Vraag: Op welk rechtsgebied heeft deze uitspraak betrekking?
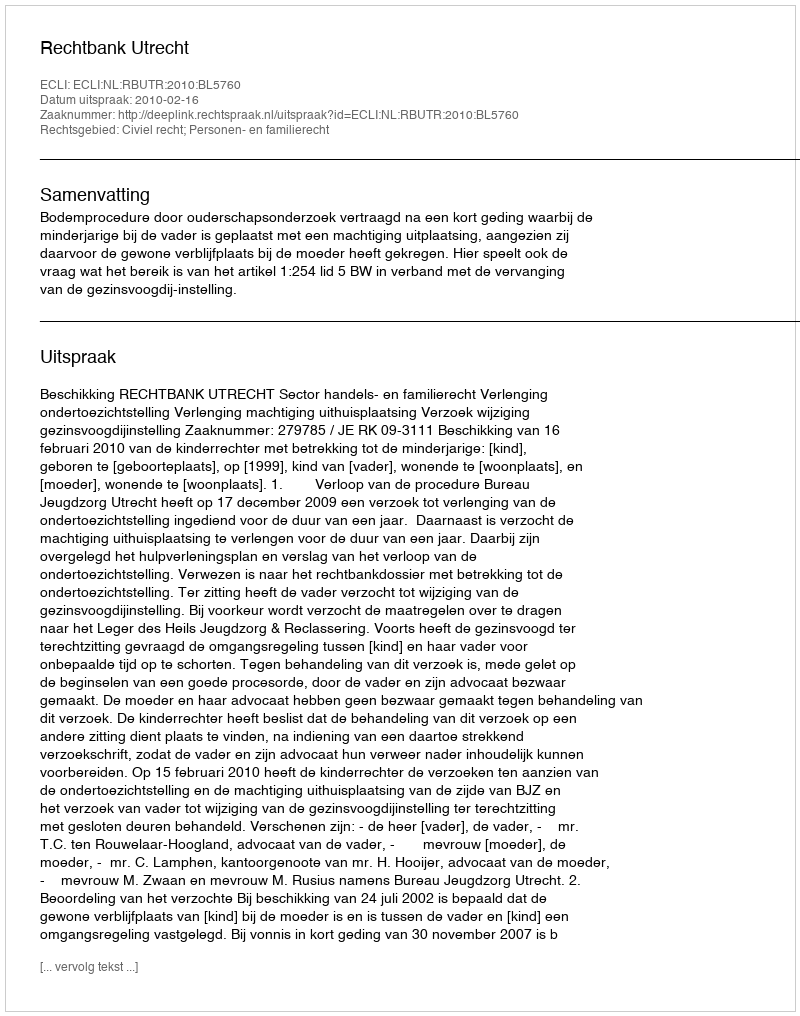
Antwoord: Civiel recht; Personen- en familierecht